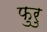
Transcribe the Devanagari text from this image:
फुरु